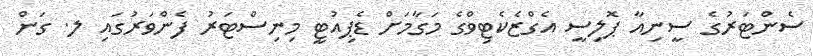
ސެންޓަރުގެ ސީނިއާ ޕޮލިސީ އެގްޒެކެޓިވްގެ މަގާމަށް ޑެޕިއުޓީ މިނިސްޓަރު ފެންވަރުގައި ލ. ގަން